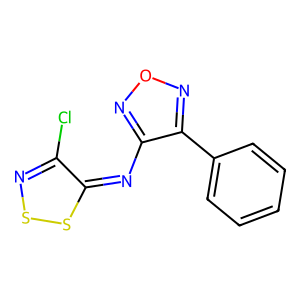
SMILES: Clc1nssc1=Nc1nonc1-c1ccccc1
Inhibits HIV replication: No